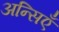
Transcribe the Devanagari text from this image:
अन्सिएँ